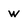
Character: w